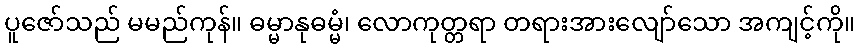
ပူဇော်သည် မမည်ကုန်။ ဓမ္မာနုဓမ္မံ၊ လောကုတ္တရာ တရားအားလျော်သော အကျင့်ကို။